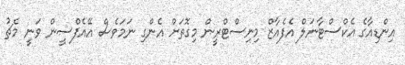
އިންޑިއާގެ އެކްސްޓާނަލް އެފެއާޒް މިނިސްޓްރީން މިގޮތަށް އެންގި ނަމަވެސް އޭއެފްސީން ވަނީ މެޗު